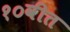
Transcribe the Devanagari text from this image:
१०वीत